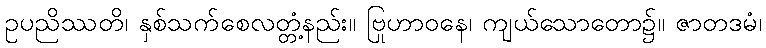
ဥပညိဿတိ၊ နှစ်သက်စေလတ္တံ့နည်း။ ဗြဟာဝနေ၊ ကျယ်သောတော၌။ ဇာတဒုမံ၊